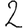
Digit: 2